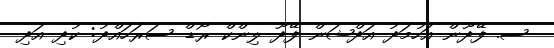
ސ. ފޭދޫން އަހުމަދު އަދްޝަން ފޭދޫ ލިންކް ރޯޑް ސަރަހައްދު: ކުދި އަދި